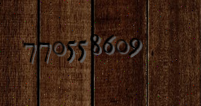
770558609